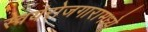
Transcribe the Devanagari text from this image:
स्वयंरोजगारामध्ये